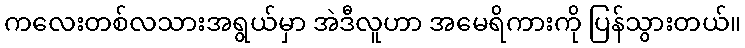
ကလေးတစ်လသားအရွယ်မှာ အဲဒီလူဟာ အမေရိကားကို ပြန်သွားတယ်။